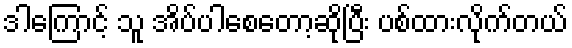
ဒါကြောင့် သူ အိပ်ပါစေတော့ဆိုပြီး ပစ်ထားလိုက်တယ်